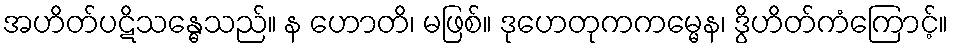
အဟိတ်ပဋိသန္ဓေသည်။ န ဟောတိ၊ မဖြစ်။ ဒုဟေတုကကမ္မေန၊ ဒွိဟိတ်ကံကြောင့်။